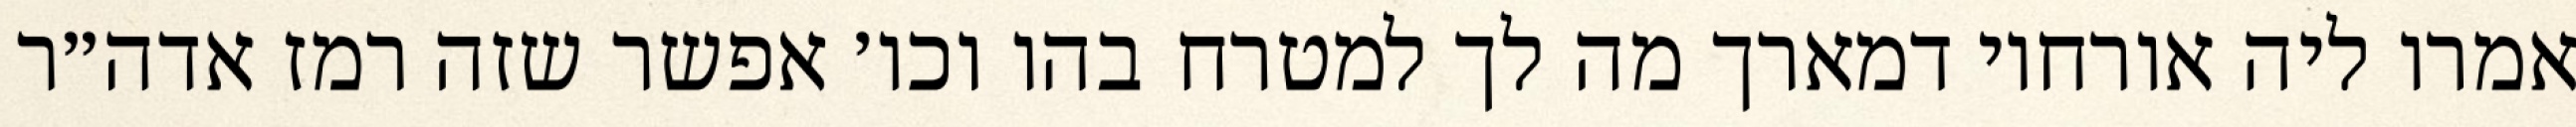
אמרו ליה אורחוי דמארך מה לך למטרח בהו וכו׳ אפשר שזה רמז אדה״ר